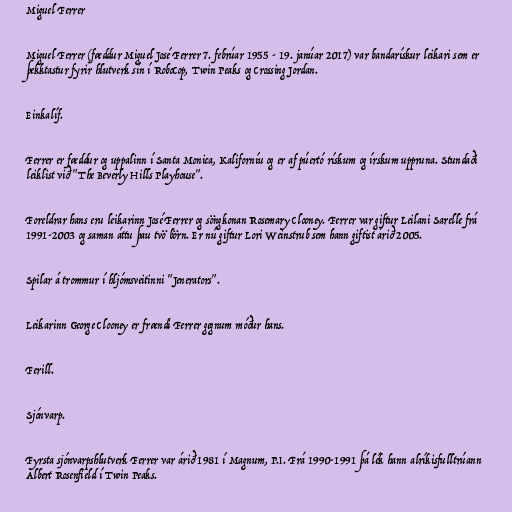
Miguel Ferrer

Miguel Ferrer (fæddur Miguel José Ferrer 7. febrúar 1955 - 19. janúar 2017) var bandarískur leikari sem er
þekktastur fyrir hlutverk sín í RoboCop, Twin Peaks og Crossing Jordan.

Einkalíf.

Ferrer er fæddur og uppalinn í Santa Monica, Kaliforníu og er af púertó rískum og írskum uppruna. Stundaði
leiklist við "The Beverly Hills Playhouse".

Foreldrar hans eru leikarinn José Ferrer og söngkonan Rosemary Clooney. Ferrer var giftur Leilani Sarelle frá
1991-2003 og saman áttu þau tvö börn. Er nú giftur Lori Weinstrub sem hann giftist árið 2005.

Spilar á trommur í hljómsveitinni "Jenerators".

Leikarinn George Clooney er frændi Ferrer gegnum móður hans.

Ferill.

Sjónvarp.

Fyrsta sjónvarpshlutverk Ferrer var árið 1981 í Magnum, P.I. Frá 1990-1991 þá lék hann alríkisfulltrúann
Albert Rosenfield í Twin Peaks.